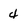
Character: 4